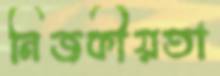
নিজকীয়তা